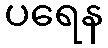
ပရေန